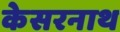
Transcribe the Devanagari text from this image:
केसरनाथ